Vaccination in Burma 1900-1911 - 1900-1911
Year: 1900
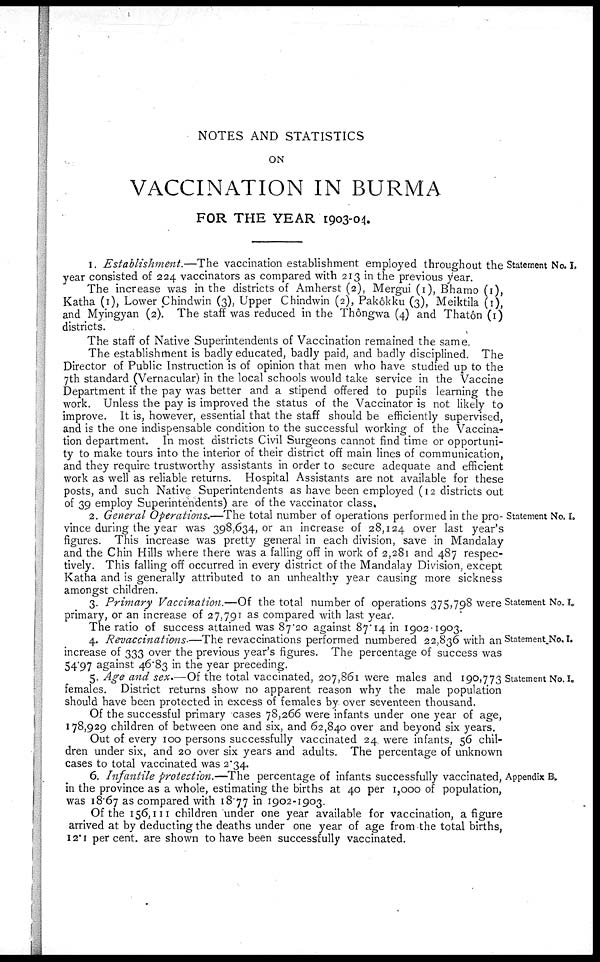
NOTES AND STATISTICS
ON
VACCINATION IN BURMA
FOR THE YEAR 1903-04.
Statement No. I.
1. Establishment.—The vaccination establishment employed throughout the
year consisted of 224 vaccinators as compared with 213 in the previous year.
The increase was in the districts of Amherst (2), Mergui (1), Bhamo (1),
Katha (1), Lower Chindwin (3), Upper Chindwin (2), Pakôkku (3), Meiktila (1),
and Myingyan (2). The staff was reduced in the Thôngwa (4) and Thatôn (1)
districts.
The staff of Native Superintendents of Vaccination remained the same.
The establishment is badly educated, badly paid, and badly disciplined. The
Director of Public Instruction is of opinion that men who have studied up to the
7th standard (Vernacular) in the local schools would take service in the Vaccine
Department if the pay was better and a stipend offered to pupils learning the
work. Unless the pay is improved the status of the Vaccinator is not likely to
improve. It is, however, essential that the staff should be efficiently supervised,
and is the one indispensable condition to the successful working of the Vaccina-
tion department. In most districts Civil Surgeons cannot find time or opportuni-
ty to make tours into the interior of their district off main lines of communication,
and they require trustworthy assistants in order to secure adequate and efficient
work as well as reliable returns. Hospital Assistants are not available for these
posts, and such Native Superintendents as have been employed (12 districts out
of 39 employ Superintendents) are of the vaccinator class.
Statement No. I.
2. General Operations.—The total number of operations performed in the pro-
vince during the year was 398,634, or an increase of 28,124 over last year's
figures. This increase was pretty general in each division, save in Mandalay
and the Chin Hills where there was a falling off in work of 2,281 and 487 respec-
tively. This falling off occurred in every district of the Mandalay Division, except
Katha and is generally attributed to an unhealthy year causing more sickness
amongst children.
Statement No. I.
3. Primary Vaccination.—Of the total number of operations 375,798 were
primary, or an increase of 27,791 as compared with last year.
The ratio of success attained was 87.20 against 87.14 in 1902-1903.
Statement No.I.
4. Revaccinations. —The revaccinations performed numbered 22,836 with an
increase of 333 over the previous year's figures. The percentage of success was
54.97 against 46.83 in the year preceding.
Statement No. I.
5. Age and sex.—Of the total vaccinated, 207,861 were males and 190,773
females. District returns show no apparent reason why the male population
should have been protected in excess of females by over seventeen thousand.
Of the successful primary cases 78,266 were infants under one year of age,
178,929 children of between one and six, and 62,840 over and beyond six years.
Out of every 100 persons successfully vaccinated 24 were infants, 56 chil-
dren under six, and 20 over six years and adults. The percentage of unknown
cases to total vaccinated was 2.34.
Appendix B.
6. Infantile protection.—The percentage of infants successfully vaccinated,
in the province as a whole, estimating the births at 40 per 1,000 of population,
was 18.67 as compared with 18.77 in 1902-1903.
Of the 156,111 children under one year available for vaccination, a figure
arrived at by deducting the deaths under one year of age from the total births,
12.1 per cent. are shown to have been successfully vaccinated.